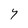
Character: Y